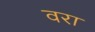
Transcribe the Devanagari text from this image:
वरा